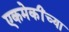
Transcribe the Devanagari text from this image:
एकमेकींच्या